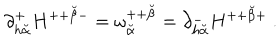
\partial _ { h { \breve { \alpha } } } ^ { + } H ^ { + + { \breve { \beta } } - } = \omega _ { \breve { \alpha } } ^ { + + { \breve { \beta } } } = \partial _ { h { \breve { \alpha } } } ^ { - } H ^ { + + { \breve { \beta } } + } \ .